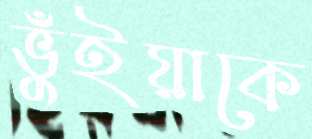
ভুঁইয়াকে